Note on the mental hospitals in Burma - 1925-1940
Year: 1925
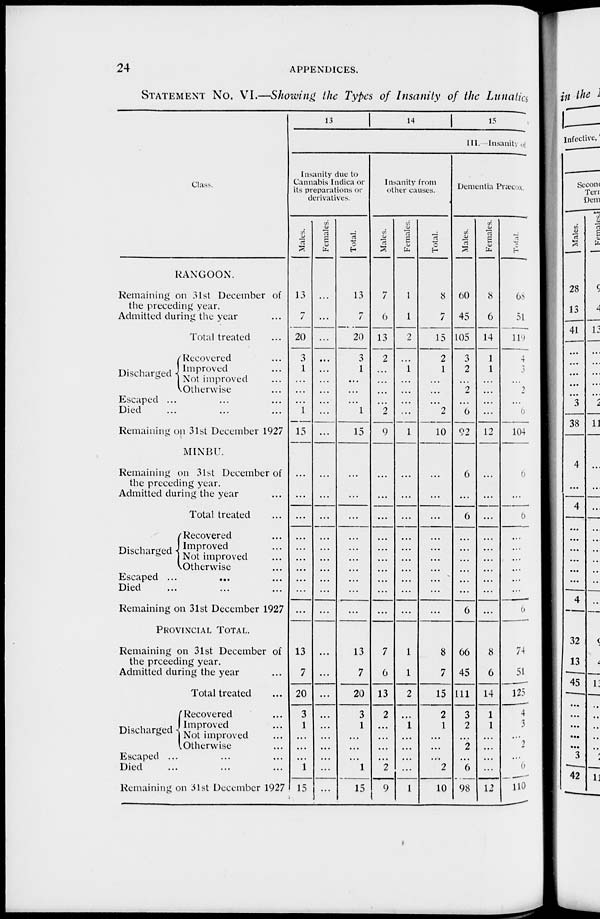
24
APPENDICES.
STATEMENT NO. VI.—Showing the Types of Insanity of the Lunatics
Class.
RANGOON.
Remaining on 31st December of
the preceding year.
Admitted during the year ...
Total treated
Discharged
Recovered ...
Improved ...
Not improved ...
Otherwise ...
Escaped ... ... ...
Died ... ... ...
Remaining on 31st December 1927
MINBU.
Remaining on 31st December of
the preceding year.
Admitted during the year ...
Total treated ...
Discharged
Recovered ...
Improved ...
Not improved ...
Otherwise ...
Escaped ...
... ...
Died ... ... ...
Remaining on 31st December 1927
PROVINCIAL TOTAL.
Remaining on 31st December of
the preceding year.
Admitted during the year ...
Total treated ...
Discharged
Recovered ...
Improved ...
Not improved ...
Otherwise ...
Escaped ... ... ...
Died ... ... ...
Remaining on 31st December 1927
13
14 15
III. Insanity of
Insanity due to
Cannabis Indica or
its preparations or
derivatives.
Males.
13
7
20
3
1
...
...
...
1
15
...
...
...
...
...
...
...
...
...
...
13
7
20
3
1
...
...
...
1
15
Females.
...
...
...
...
...
...
...
...
...
...
...
...
...
...
...
...
...
...
...
...
...
...
...
...
...
...
...
...
...
...
Total.
13
7
20
3
1
...
...
...
1
15
...
...
...
...
...
...
...
...
...
...
13
7
20
3
1
...
...
...
1
15
Insanity from
other causes.
Males.
7
6
13
2
...
...
...
...
2
9
...
...
...
...
...
...
...
...
...
...
7
6
13
2
...
...
...
...
2
9
Females.
1
1
2
...
1
...
...
...
...
1
...
...
...
...
...
...
...
...
...
...
1
1
2
...
1
...
...
...
...
1
Total.
8
7
15
2
1
...
...
...
2
10
...
...
...
...
...
...
...
...
...
...
8
7
15
2
1
...
...
...
2
10
Dementia Præcox.
Males.
60
45
105
3
2
...
2
...
6
92
6
...
6
...
...
...
...
...
6
66
45
111
3
2
...
2
...
6
98
Females.
8
6
14
1
1
...
...
...
...
12
...
...
...
...
...
...
...
...
...
8
6
14
1
1
...
...
...
...
12
Total.
68
51
119
4
3
...
2
...
6
104
6
...
6
...
...
...
...
...
6
74
51
125
4
3
...
2
...
6
110